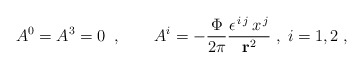
\begin{align*}A^{0}=A^{3}=0\;\;,\qquad A^{i}=-\frac{\Phi }{2\pi }\frac{\epsilon^{\,i\,j}\,x^{\,j}}{{\bf r}^{2}}\;,\;i=1,2\;,\end{align*}